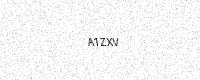
Text: A1ZXV